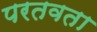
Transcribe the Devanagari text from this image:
परतवता